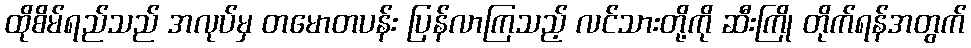
ထိုစိမ်ရည်သည် အလုပ်မှ တမောတပန်း ပြန်လာကြသည့် လင်သားတို့ကို ဆီးကြို တိုက်ရန်အတွက်